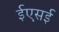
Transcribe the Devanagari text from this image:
ईएसई